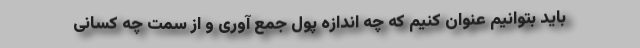
باید بتوانیم عنوان کنیم که چه اندازه پول جمع آوری و از سمت چه کسانی